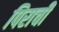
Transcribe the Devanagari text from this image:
पिराची